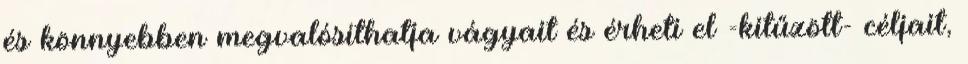
és könnyebben megvalósíthatja vágyait és érheti el -kitűzött- céljait,